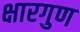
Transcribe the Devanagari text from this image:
क्षारगुण